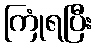
ကြုံရပြီး